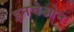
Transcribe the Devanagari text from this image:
इनचेओन